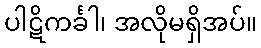
ပါဋိကင်္ခါ၊ အလိုမရှိအပ်။